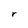
Character: r